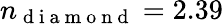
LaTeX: n_{\mathrm{~d~i~a~m~o~n~d~}}=2.39